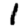
Digit: 1